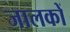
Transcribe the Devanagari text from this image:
जालकों